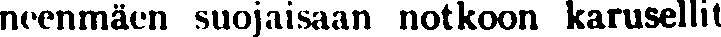
neenmäen suojaisaan notkoon karusellit